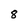
Character: 8